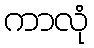
ကာလုံ